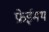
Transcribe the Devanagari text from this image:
फ्रेईमथ